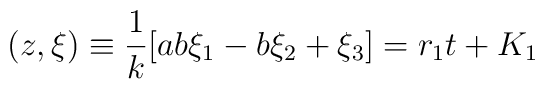
(z, {\xi}) \equiv \frac{1}{k} [ab\xi_{1} - b\xi_{2} + \xi_{3}] = r_{1}t + K_{1}